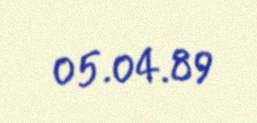
05.04.89